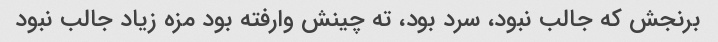
برنجش که جالب نبود، سرد بود، ته چینش وارفته بود مزه زیاد جالب نبود